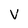
Character: V